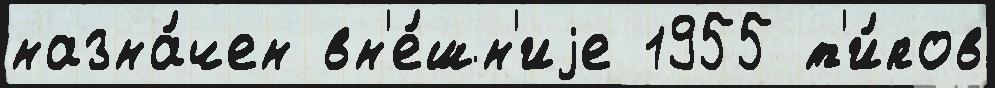
назна́чен вн'е́шн'иjе 1955 т'и́пов